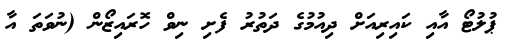
ޕުލުޓޯ އާއި ކައިރިއަށް ދިއުމުގެ ދަތުރު ފެށި ނިވް ހޮރައިޒޯން (ނުވަތަ އާ